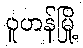
ဝူဟန်မြို့